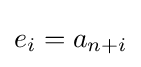
e_{i}=a_{n+i}